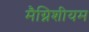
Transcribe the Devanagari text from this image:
मैग्निशीयम